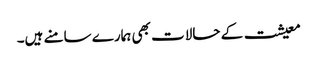
معیشت کے حالات بھی ہمارے سامنے ہیں۔